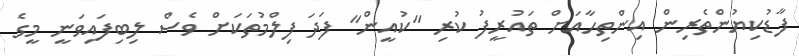
ފާޑުކިޔުންތެރިން އިންތިހާއަށް ތައުރީފު ކުރި "ކުއީން" ފަދަ ފިލްމުތަކަށް ވެސް ލިބިފައިވަނީ މީގެ